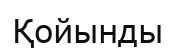
Қойынды